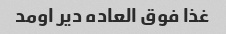
غذا فوق العاده دیر اومد